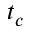
t _ { c }